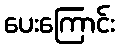
ပေးကြောင်း